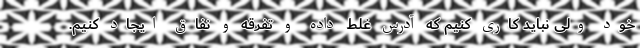
خود ولی نباید کاری کنیم که آدرس غلط داده و تفرقه و نفاق ایجاد کنیم.